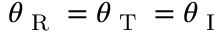
\theta _ { \textup { R } } = \theta _ { \textup { T } } = \theta _ { \textup { I } }